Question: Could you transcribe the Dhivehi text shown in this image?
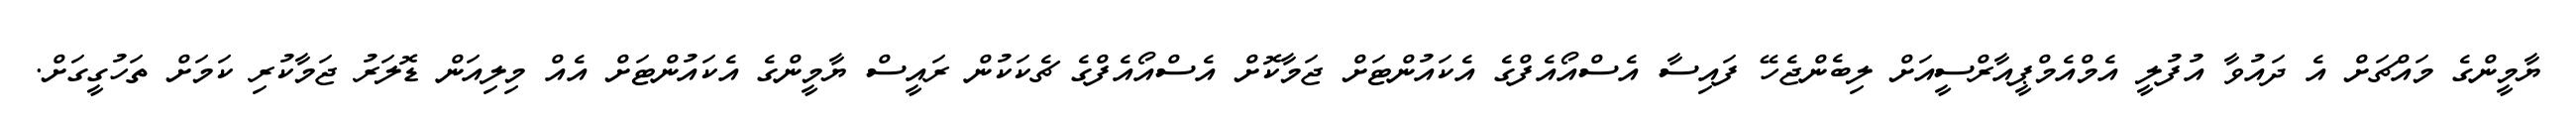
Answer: ޔާމީންގެ މައްޗަށް އެ ދައުވާ އުފުލީ އެމްއެމްޕީއާރްސީއަށް ލިބެންޖެހޭ ފައިސާ އެސްއޯއެފްގެ އެކައުންޓަށް ޖަމާކޮށް އެސްއޯއެފްގެ ޗެކަކުން ރައީސް ޔާމީންގެ އެކައުންޓަށް އެއް މިލިއަން ޑޮލަރު ޖަމާކުރި ކަމަށް ތަހުގީގަށް.